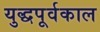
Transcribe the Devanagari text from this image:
युद्धपूर्वकाल